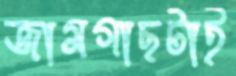
জামগাছটাই